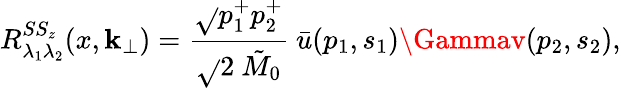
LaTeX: R_{\lambda_{1}\lambda_{2}}^{SS_{z}}(x,\mathbf{k}_{\bot})={\frac{{\sqrt{}{{p_{1}^{+}p_{2}^{+}}}}}{{\sqrt{}{{2}}~{\tilde{{M}}_{0}}}}}~\bar{{u}}(p_{1},s_{1})\Gammav(p_{2},s_{2}),